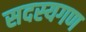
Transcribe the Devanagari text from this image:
सदस्‍यगण